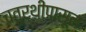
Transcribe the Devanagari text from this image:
चतुर्थीपासून